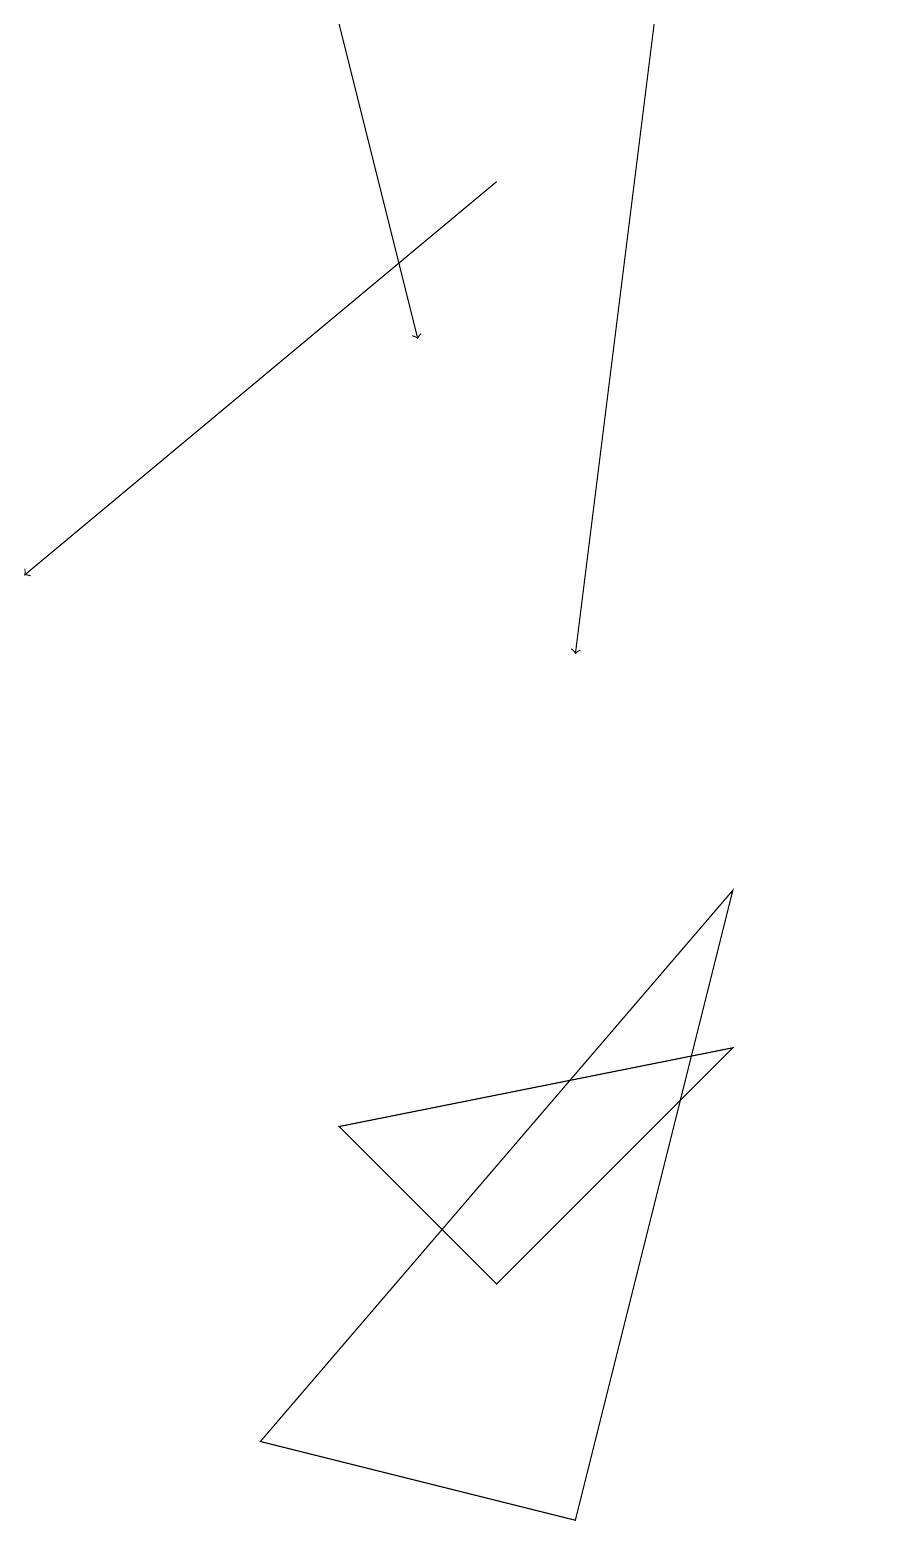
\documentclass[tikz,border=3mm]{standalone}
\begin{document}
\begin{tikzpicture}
\draw[->] (8,19) -- (7,11);
\draw (11,12) circle (0);
\draw[->] (4,19) -- (5,15);
\draw[->] (6,17) -- (0,12);
\draw (4,5) -- (9,6) -- (6,3) -- cycle;
\draw (3,1) -- (9,8) -- (7,0) -- cycle;
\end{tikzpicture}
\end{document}